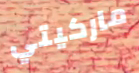
ماركيتي